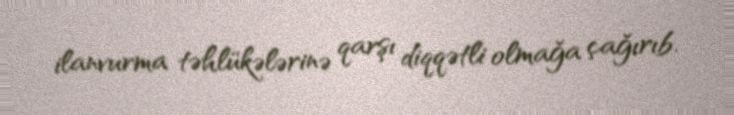
ilanvurma təhlükələrinə qarşı diqqətli olmağa çağırıb.